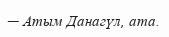
─ Атым Данагүл, ата.